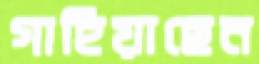
গাহিয়াছেন